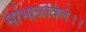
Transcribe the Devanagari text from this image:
सांभाळविले।।